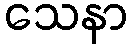
သေနာ